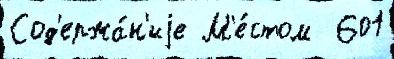
Сод'ержа́н'иjе М'е́стом  601